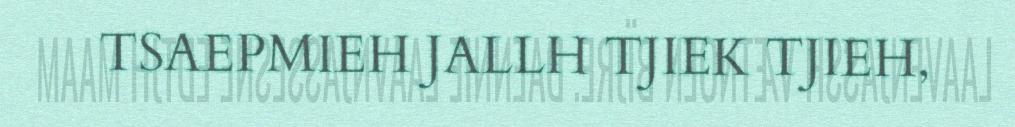
TSAEPMIEH JALLH TJIEK TJIEH,